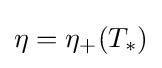
\eta =\eta _{+}(T_{*})